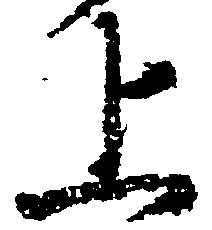
上